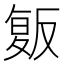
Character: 𰇄